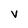
Character: v